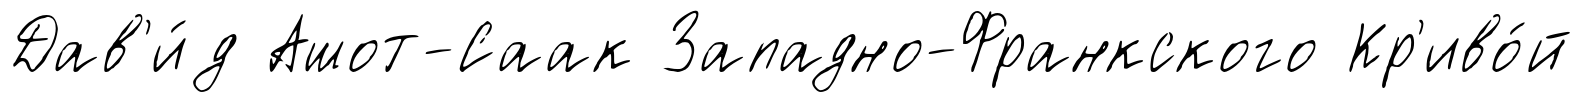
Дав'и́д Ашот-Саак Западно-Франкского Кр'иво́й